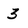
Character: 3